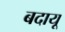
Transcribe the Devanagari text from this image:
बदायू